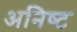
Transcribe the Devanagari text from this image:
अनिष्‍ट